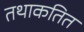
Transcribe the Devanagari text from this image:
तथाकतित